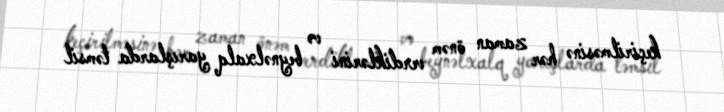
keçirilməsinə hər zaman önəm verdiklərini və beynəlxalq yarışlarda təmsil